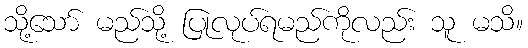
သို့သော် မည်သို့ ပြုလုပ်ရမည်ကိုလည်း သူ မသိ။